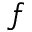
f